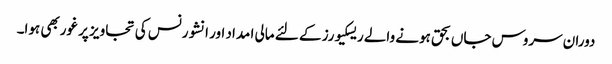
دوران سروس جاں بحق ہونے والے ریسکیورز کے لئے مالی ا مداد اور انشورنس کی تجاویز پر غوربھی ہوا۔